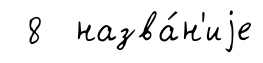
8 назва́н'иjе